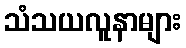
သံသယလူနာများ